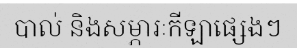
បាល់ និងសម្ភារៈកីឡាផ្សេងៗ